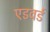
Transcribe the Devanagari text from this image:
एडवर्ड